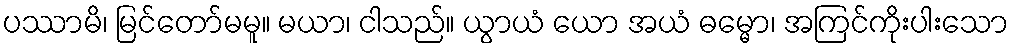
ပဿာမိ၊ မြင်တော်မမူ။ မယာ၊ ငါသည်။ ယွာယံ ယော အယံ ဓမ္မော၊ အကြင်ကိုးပါးသော